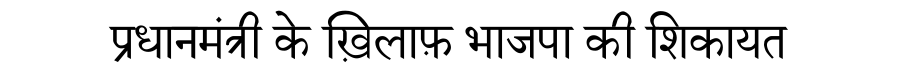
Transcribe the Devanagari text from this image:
प्रधानमंत्री के ख़िलाफ़ भाजपा की शिकायत